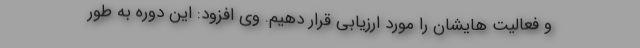
و فعالیت هایشان را مورد ارزیابی قرار دهیم. وی افزود: این دوره به طور